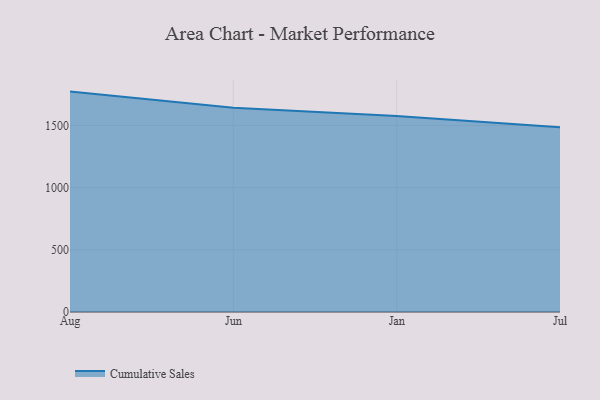
{"axis": {"x": "Month", "y": "Budget (USD K)"}, "legend": ["Cumulative Sales"], "data": [{"x": "Aug", "y": 1772.8, "type": "Cumulative Sales"}, {"x": "Jun", "y": 1641.9, "type": "Cumulative Sales"}, {"x": "Jan", "y": 1576.5, "type": "Cumulative Sales"}, {"x": "Jul", "y": 1486.6, "type": "Cumulative Sales"}]}